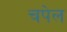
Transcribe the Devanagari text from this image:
चपेल